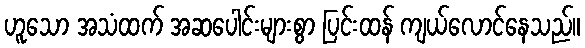
ဟူသော အသံထက် အဆပေါင်းများစွာ ပြင်းထန် ကျယ်လောင်နေသည်။